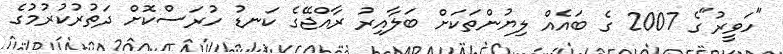
"ހަވީރު"ގެ 2007 ގެ ބައެއް ލިޔުންތަކަށް ބަލާއިރު ރާއްޖޭގެ ކަނޑު ހުރަސްކޮށް ދަތުރުކުރުމުގެ